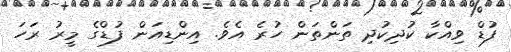
ފުޑް ވިއްކާ ކުދިކުދި ތަންތަން ހުރެ އެވެ. އިންޑިއަން ފުޑްގެ މީރު ރަހަ